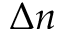
\Delta n